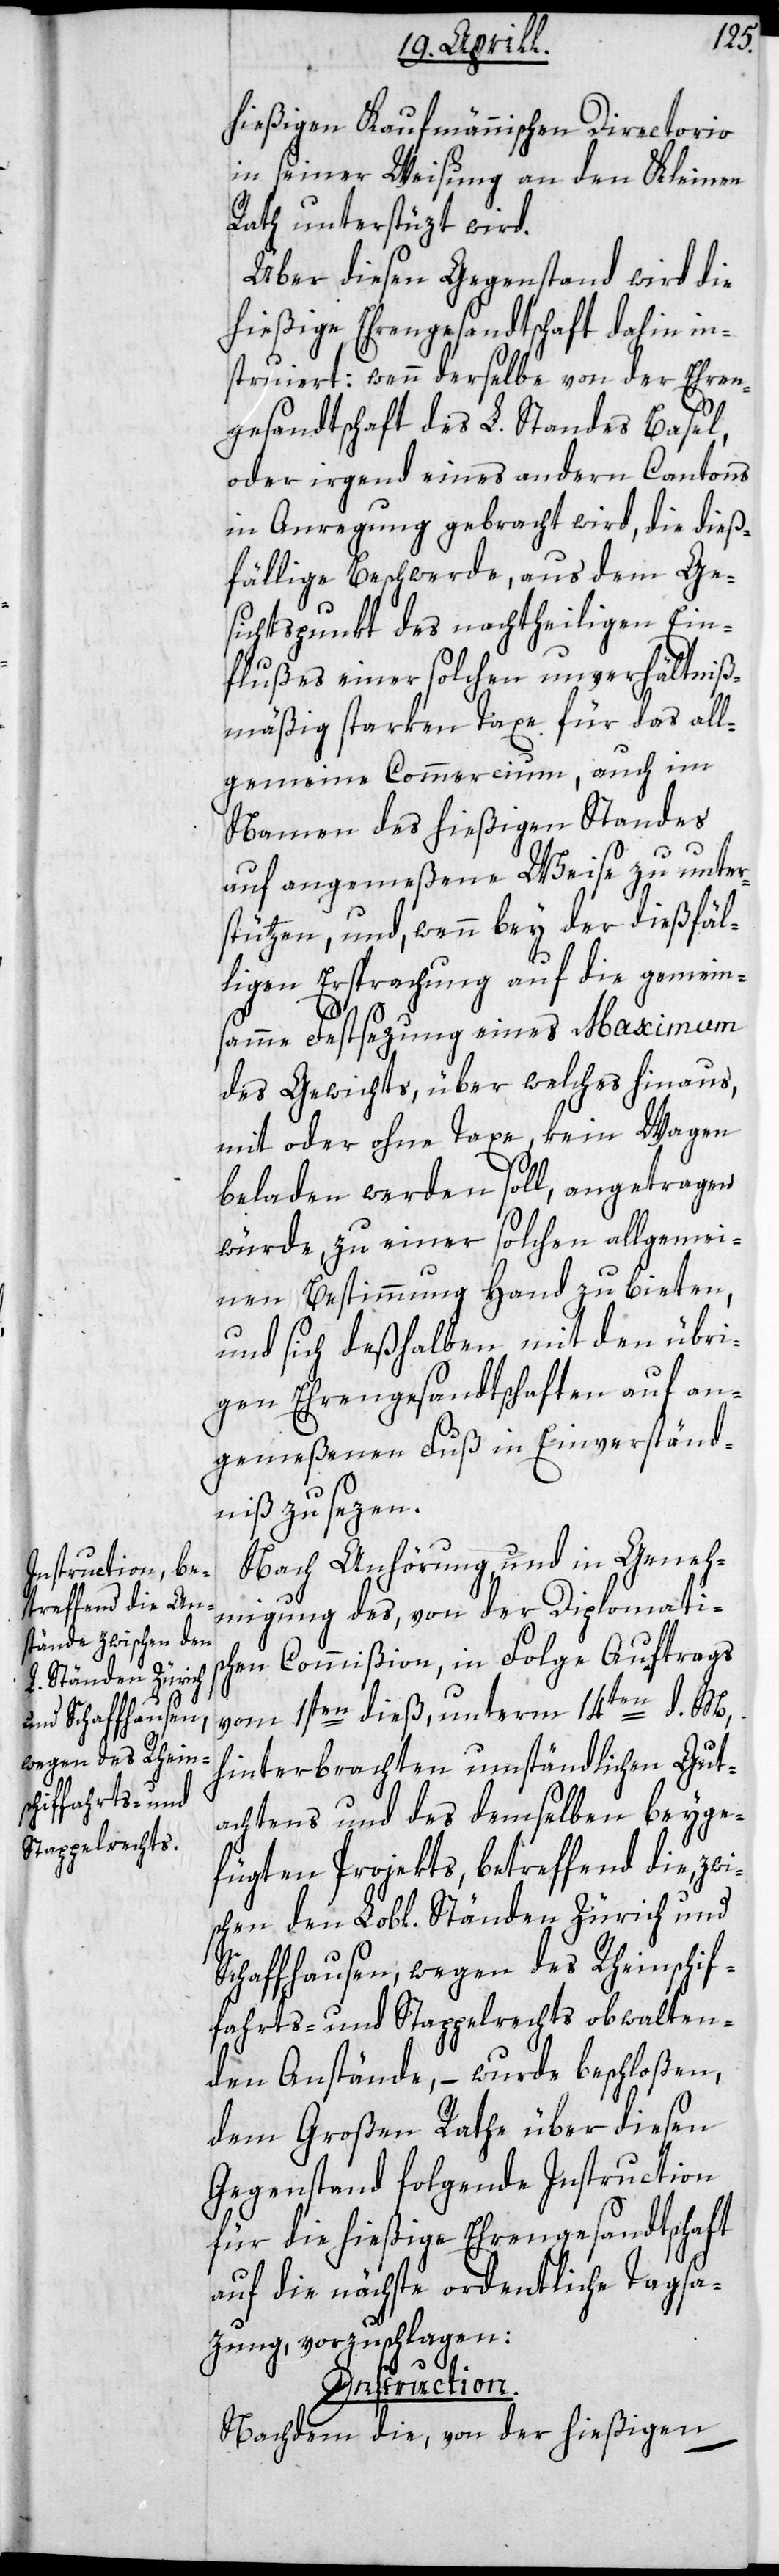
hießigen Kaufmännischen Directorio
in seiner Weisung an den Kleinen
Rath unterstüzt wird.
Über diesen Gegenstand wird die
hießige Ehrengesandtschaft dahin in¬
struiert: wenn derselbe von der Ehren¬
gesandtschaft des L. Standes Basel,
oder irgend eines andern Cantons
in Anregung gebracht wird, die dieß¬
fällige Beschwerde, aus dem Ge¬
sichtspunkt des nachtheiligen Ein¬
flußes einer solchen unverhältniß¬
mäßig starken Taxe für das all¬
gemeine Commercium, auch im
Namen des hießigen Standes
auf angemeßene Weise zu unter¬
stützen, und, wenn bey der dießfäl¬
ligen Ersprachung auf die gemein¬
samme Festsezung eines Maximum
des Gewichts, über welches hinaus,
mit oder ohne Taxe, kein Wagen
beladen werden soll, angetragen
würde, zu einer solchen allgemei¬
nen Bestimmung Hand zu bieten,
und sich deßhalben mit den übri¬
gen Ehrengesandtschaften auf an¬
gemeßenen Fuß in Einverständ¬
niß zu sezen.
Nach Anhörung und in Geneh¬
migung des von der Diplomatis¬
chen Commißion, in Folge Auftrags
vom 1sten dieß, unterm 14ten d. M.,
hinterbrachten umständlichen Gut¬
achtens und des demselben beyge¬
fügten Projekts, betreffend die, zwi¬
schen den Lobl. Ständen Zürich und
Schaffhausen, wegen des Rheinschif¬
fahrts- und Stappelrechts obwalten¬
den Anstände, – wurde beschloßen,
dem Großen Rathe über diesen
Gegenstand folgende Instruction
für die hießige Ehrengesandtschaft
auf die nächste ordentliche Tagsa¬
zung vorzuschlagen:
Instruction.
Nachdem die, von der hießigen